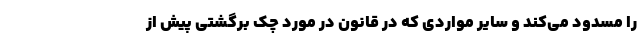
را مسدود می‌کند و سایر مواردی که در قانون در مورد چک برگشتی پیش از